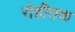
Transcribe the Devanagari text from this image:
रोहीतक